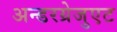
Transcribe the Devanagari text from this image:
अन्डरग्रेजुएट